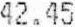
42.45